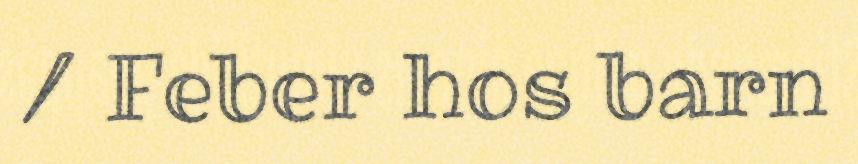
/ Feber hos barn